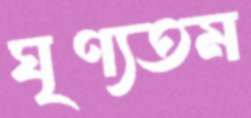
ঘৃণ্যতম